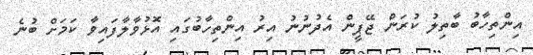
އިންތިހާބު ބާތިލު ކުރަން ޖޭޕީން އެދުނުނު އިރު އިންތިހާބުގައި އޮޅުވާލާފައިވާ ކަމަށް ބުނެ